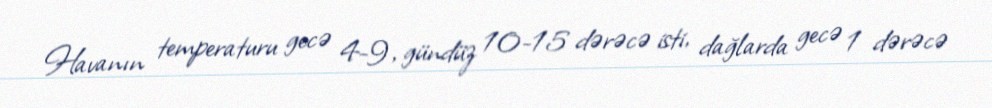
Havanın temperaturu gecə 4-9, gündüz 10-15 dərəcə isti, dağlarda gecə 1 dərəcə